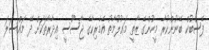
ފޭސްބުކް ބޭނުންކުރާ މީހުންގެ ޒާތީ މަޢުލޫމާތު އެމެރިކާގެ ޖާސޫސީ އިދާރާތަކަށް ދޭ މައްސަލަ